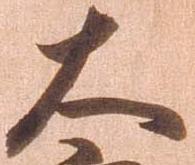
大